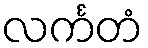
လင်္ကတံ